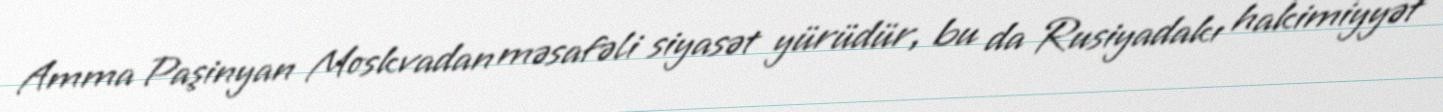
Amma Paşinyan Moskvadan məsafəli siyasət yürüdür, bu da Rusiyadakı hakimiyyət